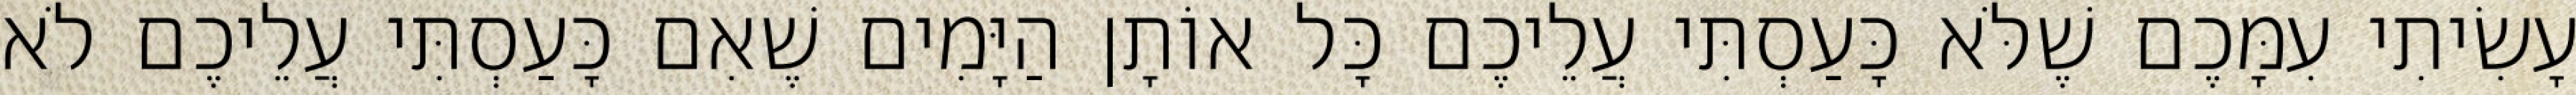
עָשִׂיתִי עִמָּכֶם שֶׁלֹּא כָּעַסְתִּי עֲלֵיכֶם כָּל אוֹתָן הַיָּמִים שֶׁאִם כָּעַסְתִּי עֲלֵיכֶם לֹא